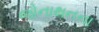
જોનાથનના